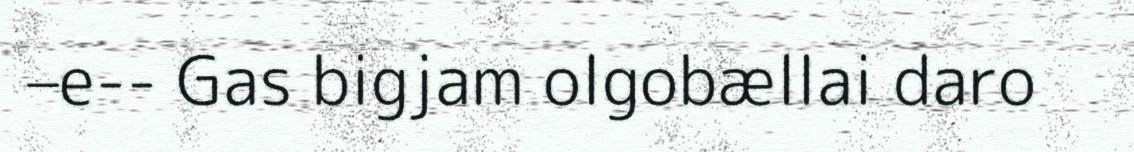
–e-- Gas bigjam olgobællai daro